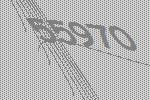
55970